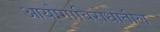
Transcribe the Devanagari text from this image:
आयोगाविरोधातील